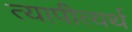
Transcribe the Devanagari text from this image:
त्यापीत्यर्थ